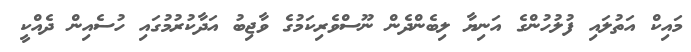
މައިކް އަތުލައި ފުލުހުންގެ އަނިޔާ ލިބެންދެން ނޫސްވެރިކަމުގެ ވާޖިބު އަދާކުރުމުގައި ހުސެއިން ދެއްކީ